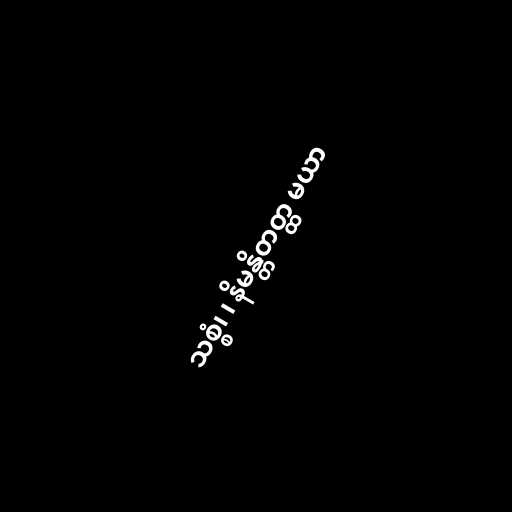
သစ္စံ၊ ၊ နိမန္တိတတ္ထ မယာ